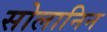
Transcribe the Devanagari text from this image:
सोलानिन